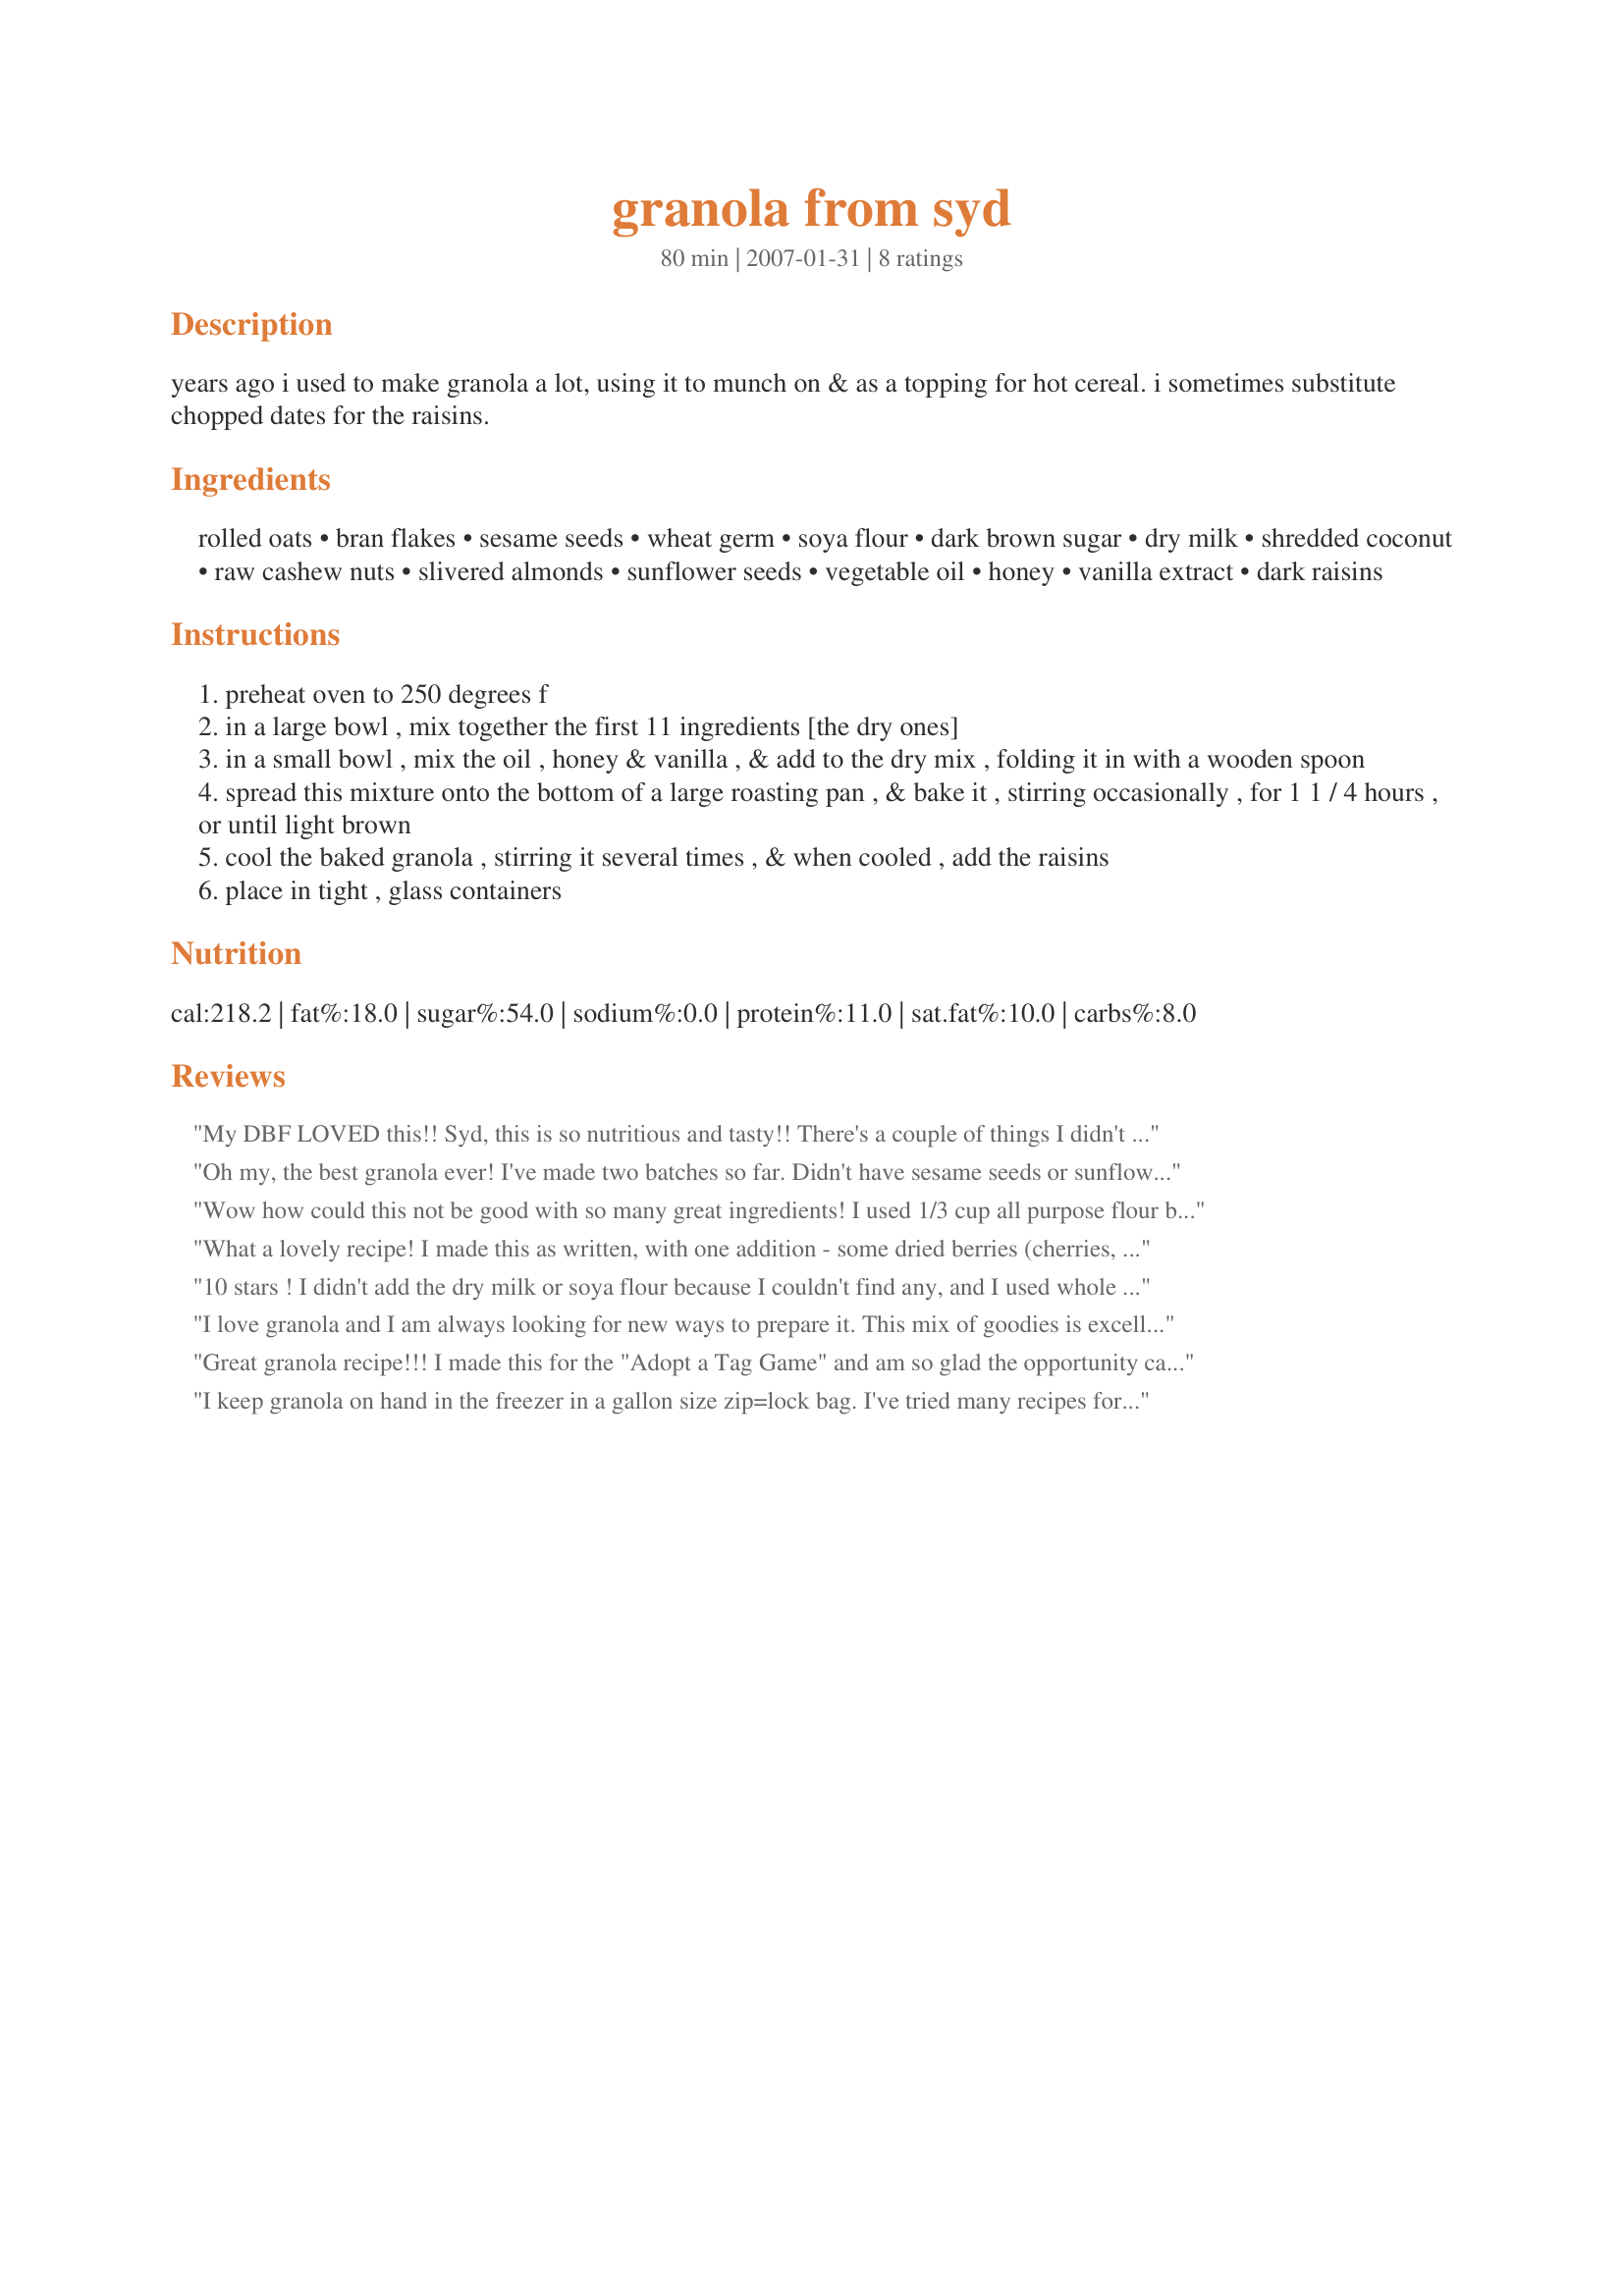
granola from syd
Preparation time: 80 minutes

years ago i used to make granola a lot, using it to munch on & as a topping for hot cereal. i sometimes substitute chopped dates for the raisins.

Ingredients:
rolled oats, bran flakes, sesame seeds, wheat germ, soya flour, dark brown sugar, dry milk, shredded coconut, raw cashew nuts, slivered almonds, sunflower seeds, vegetable oil, honey, vanilla extract, dark raisins

Steps:
preheat oven to 250 degrees f
in a large bowl , mix together the first 11 ingredients [the dry ones]
in a small bowl , mix the oil , honey & vanilla , & add to the dry mix , folding it in with a wooden spoon
spread this mixture onto the bottom of a large roasting pan , & bake it , stirring occasionally , for 1 1 / 4 hours , or until light brown
cool the baked granola , stirring it several times , & when cooled , add the raisins
place in tight , glass containers

Reviews:
My DBF LOVED this!! Syd, this is so nutritious and tasty!! There's a couple of things I didn't add because I couldn't find... the soya flour so I just went without and didn't add any cashew nuts. Made for 123 Tag - Thanks Syd! :)
Oh my, the best granola ever! I've made two batches so far. Didn't have sesame seeds or sunflower seeds so used just almonds the first time and then almonds, pecans and walnuts the second time. Also, I used rice flour instead of soya flour because that's what I had. Also, doubled the coconut because I love the stuff. I will never buy granola again! This is far better than anything I've purchased in a store!
Wow how could this not be good with so many great ingredients! I used 1/3 cup all purpose flour but I really think that the flour could be totally omitted from this the next time I make it, thanks for sharing Syd!
What a lovely recipe! I made this as written, with one addition - some dried berries (cherries, blueberries, raspberries) that I had on hand with the raisins. This was so easy to make, and tastes a heck of alot better than any I've bought before. Thanks, Syd! Made for Zaar Stars.
10 stars ! I didn't add the dry milk or soya flour because I couldn't find any, and I used whole almonds instead of slivered and also added some peanuts since I adore nuts. I toasted it all for a little longer because I like it darker toasted to produce a fantastic museli / granola. Everything works together very well and this is an excellent way to convince a non-breakfast eater that breakfast can actually be worthwhile. I might throw in some pumpkin seeds and dried cranberries next batch too. It makes a LOT, perfect because it's so easy and tasty. Even better.. when the rest of the family went for icecream for dessert I had a small bowl of this, and was completey happy and not missing the sweet stuff. It should stave off the dreaded late evening munchies very well indeed too. Please see my Rating System: 5 excellent stars for a fantastic recipe that can be easily adapted (more nuts, more bran, dried fruit etc) to suit everyones tastes, healthy, economical and is a simply delicious way to start the day. Definiately a recipe that I will be making regularly. Thanks!
I love granola and I am always looking for new ways to prepare it. This mix of goodies is excellent! I loved the cashews and coconut in this and thought they were great additions. I used craisins instead of raisins as I like them more. What a great breakfast treat! Thank you for sharing with us Sydney Mike! Made for Zaar Stars Tag Game 2/09 Linda
Great granola recipe!!! I made this for the "Adopt a Tag Game" and am so glad the opportunity came up because it has been in my list of recipes to try for a while. I love an excuse to go to my Health Food store and go wild!!! The only slight alterations I made were that my almonds were raw & whole (I chopped some and left some as is) and I threw in flax seed to the lot as well -just because I wanted to :). Lovely, crispy, nutty granola - with the perfect hint of sweetness. I did have to cook mine for more like 1 and 3/4 of an hour (no biggie , just kept my eye on it every 15-20 min. to give it a stir). This makes a truck load...I filled 5 quarts of empty yogurt containers with it and have to give more than 1/2 of it away to get it away from me...this kind of thing is my downfall and I WILL eat it all if it is around me...sooooo good and good for you. I plan to make 1/2 batch next time and to celebrate the Autumn Season use pumpkin seeds and cranberry in place of the sunflower and raisins. Love-love-loved this - THANKS SYD!!! :)
I keep granola on hand in the freezer in a gallon size zip=lock bag. I've tried many recipes for granola on Zaar and have only one that I go back to time and again. Now I've added this one too:-) 
A few substitutions. I do feel this recipe is versatile enough that I could do this w/o compromising the recipe. I omited the soya flour, bran flakes, wheat germ, coconut and cashews. I subbed in dates (per your suggestion in the forward), craisins, flax seed meal and about 1/2 t. cinnamon. This does have endless possibilites and mine being to top off my yogurt/fruit bowl I have most days for lunch. Wonderful, wonderful. Thanks alot Syd!~
Made for I Recommend.~
